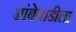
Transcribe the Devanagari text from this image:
आंबेवाडीला